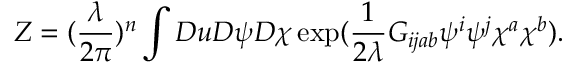
Z = ( \frac { \lambda } { 2 \pi } ) ^ { n } \displaystyle \int { \cal D } u { \cal D } \psi { \cal D } \chi \exp ( \frac { 1 } { 2 \lambda } G _ { i j a b } \psi ^ { i } \psi ^ { j } \chi ^ { a } \chi ^ { b } ) .